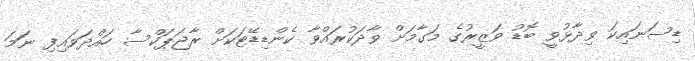
ޑިސަނައިކަ ވިދާޅުވީ ބޮޑު ވަޒީރުގެ މަގާމަށް ވާދަކުރައްވާ ކެންޑިޑޭޓަކަށް ރާޖަޕަކްސާ ހައްދަވައިިފި ނަަމަ